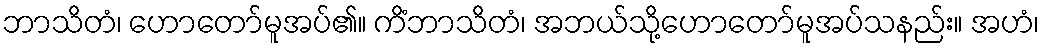
ဘာသိတံ၊ ဟောတော်မူအပ်၏။ ကိံဘာသိတံ၊ အဘယ်သို့ဟောတော်မူအပ်သနည်း။ အဟံ၊